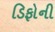
ડિફોની